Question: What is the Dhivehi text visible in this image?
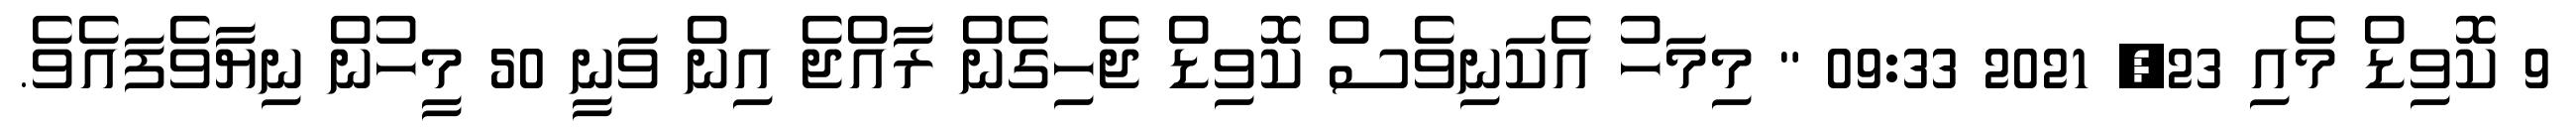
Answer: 9 ކޮވިޑް މެއި 23, 2021 09:33 " މިމަހު އެކަނިވެސް ކޮވިޑް ޖެހިގެން ރާއްޖެ އިން ވަނީ 50 މީހުން ނިޔާވެފައެވެ.